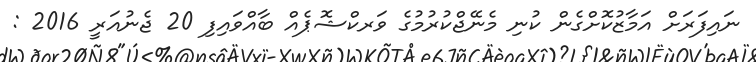
ނައިފަރަށް އަމާޒުކޮށްގެން ކުނި މެނޭޖްކުރުމުގެ ވަރކްޝޮޕެއް ބާއްވައިފި 20 ޖެނުއަރީ 2016 :